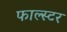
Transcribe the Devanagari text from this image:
फाल्स्टर